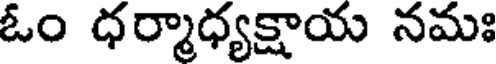
ఓం ధర్మాధ్యక్షాయ నమః